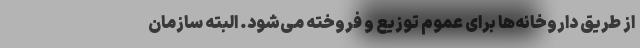
از طریق داروخانه‌ها برای عموم توزیع و فروخته می‌شود. البته سازمان